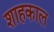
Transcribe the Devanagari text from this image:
शाहकाल